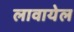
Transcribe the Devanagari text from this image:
लावायेल